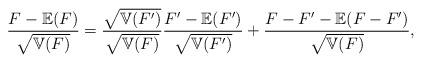
LaTeX: \begin{align*}\frac{F-\mathbb{E}(F)}{\sqrt{\mathbb{V}(F)}}&=\frac{{\sqrt{\mathbb{V}(F')}}}{{\sqrt{\mathbb{V}(F)}}}\frac{F'-\mathbb{E}(F')}{\sqrt{\mathbb{V}(F')}}+\frac{F-F'-\mathbb{E}(F-F')}{{\sqrt{\mathbb{V}(F)}}},\end{align*}